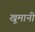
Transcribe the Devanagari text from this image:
खूमानी